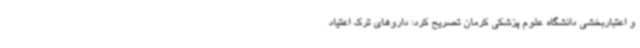
و اعتباربخشی دانشگاه علوم پزشکی کرمان تصریح کرد: داروهای ترک اعتیاد